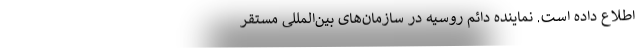
اطلاع داده است. نماینده دائم روسیه در سازمان‌های بین‌المللی مستقر